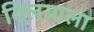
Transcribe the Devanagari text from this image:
विलयाला